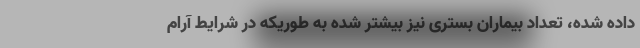
داده شده، تعداد بیماران بستری نیز بیشتر شده به طوریکه در شرایط آرام